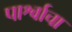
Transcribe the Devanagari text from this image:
पार्श्वाचा